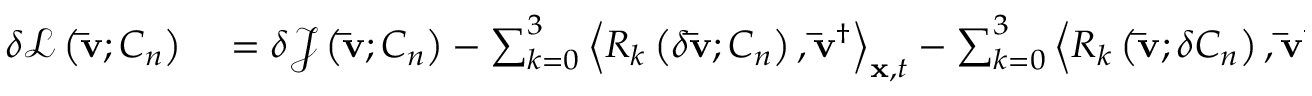
\begin{array} { r l } { \delta \mathcal { L } \left( { { \bf { \bar { v } } } ; { C _ { n } } } \right) } & { { } = \delta { \mathcal J } \left( { { \bf { \bar { v } } } ; { C _ { n } } } \right) - \sum _ { k = 0 } ^ { 3 } { { { \left\langle { { R _ { k } } \left( { \delta { \bf { \bar { v } } } ; { C _ { n } } } \right) , { { { \bf { \bar { v } } } } ^ { \dag } } } \right\rangle } _ { { \bf { x } } , t } } } - \sum _ { k = 0 } ^ { 3 } { { { \left\langle { { R _ { k } } \left( { { \bf { \bar { v } } } ; \delta { C _ { n } } } \right) , { { { \bf { \bar { v } } } } ^ { \dag } } } \right\rangle } _ { { \bf { x } } , t } } } , } \end{array}